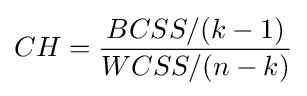
CH={\frac {BCSS/(k-1)}{WCSS/(n-k)}}